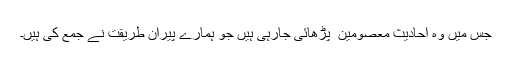
جس میں وہ احادیث معصومین ؑ پڑھائی جارہی ہیں جو ہمارے پیران طریقت نے جمع کی ہیں۔